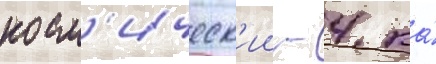
косм'ическ'ии - 4 ка́